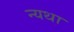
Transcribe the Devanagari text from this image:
न्यथा